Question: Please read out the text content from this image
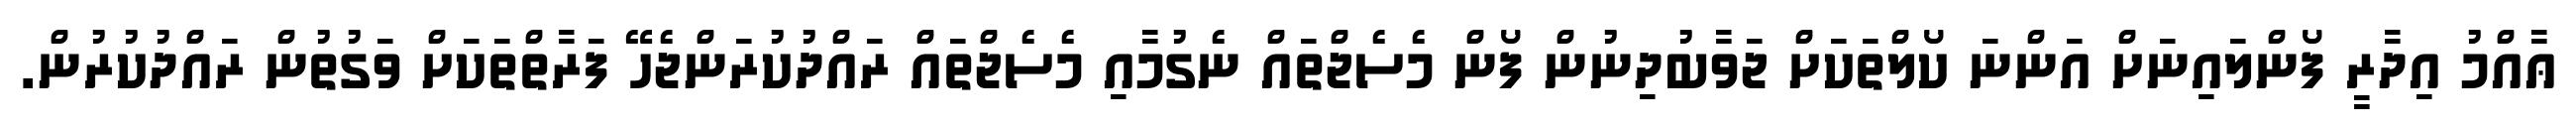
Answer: ޢާއްމު އިދާރީ ފޯންލައިނަށް އަންނަ ކޯލްތަކަށް ޖަވާބުދިނުން ފޯން މެސެޖްތައް ނެގުމާއި މެސެޖްތައް ރައްދުކުރަންޖެހޭ ފަރާތްތަކަށް ވަގުތުން ރައްދުކުރުން.